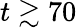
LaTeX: t\gtrsim 70